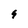
Character: 9